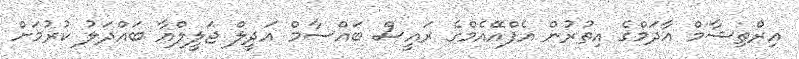
އިރްތިޝާމް އާދަމްގެ އިތުރުން އެފްއޭއެމްގެ ރައީސް ބައްސާމް އަދީލް ޖަލީލްއާ ބައްދަލު ކުރުމަށް